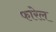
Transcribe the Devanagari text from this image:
फारेल